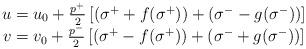
LaTeX: \begin{align*}\begin{array}{c}u=u_0+\frac{p^{+}}2\left[ (\sigma ^{+}+f(\sigma ^{+}))+(\sigma ^{-}-g(\sigma^{-}))\right] \\v=v_0+\frac{p^{-}}2\left[ (\sigma ^{+}-f(\sigma ^{+}))+(\sigma ^{-}+g(\sigma^{-}))\right]\end{array}\end{align*}